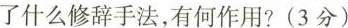
了什么修辞手法，有何作用?(3分)